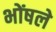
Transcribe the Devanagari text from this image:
भोंषले